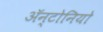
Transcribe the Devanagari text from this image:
ॲन्टोनियो